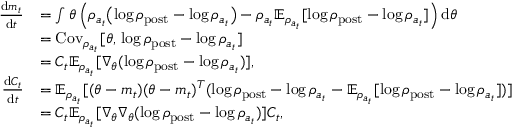
\begin{array} { r l } { \frac { \mathrm { d } m _ { t } } { \mathrm { d } t } } & { = \int \theta \left( \rho _ { a _ { t } } \bigl ( \log \rho _ { \mathrm { p o s t } } - \log \rho _ { a _ { t } } \bigr ) - \rho _ { a _ { t } } \mathbb { E } _ { \rho _ { a _ { t } } } [ \log \rho _ { \mathrm { p o s t } } - \log \rho _ { a _ { t } } ] \right) \mathrm { d } \theta } \\ & { = \mathrm { C o v } _ { \rho _ { a _ { t } } } [ \theta , \, \log \rho _ { \mathrm { p o s t } } - \log \rho _ { a _ { t } } ] } \\ & { = C _ { t } \mathbb { E } _ { \rho _ { a _ { t } } } [ \nabla _ { \theta } ( \log \rho _ { \mathrm { p o s t } } - \log \rho _ { a _ { t } } ) ] , } \\ { \frac { \mathrm { d } C _ { t } } { \mathrm { d } t } } & { = \mathbb { E } _ { \rho _ { a _ { t } } } [ ( \theta - m _ { t } ) ( \theta - m _ { t } ) ^ { T } ( \log \rho _ { \mathrm { p o s t } } - \log \rho _ { a _ { t } } - \mathbb { E } _ { \rho _ { a _ { t } } } [ \log \rho _ { \mathrm { p o s t } } - \log \rho _ { a _ { t } } ] ) ] } \\ & { = C _ { t } \mathbb { E } _ { \rho _ { a _ { t } } } [ \nabla _ { \theta } \nabla _ { \theta } ( \log \rho _ { \mathrm { p o s t } } - \log \rho _ { a _ { t } } ) ] C _ { t } , } \end{array}